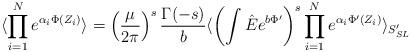
LaTeX: \begin{align*}\langle\prod\limits_{i=1}^{N}e^{\alpha_i\Phi (Z_i)}\rangle =\left(\frac{\mu}{2\pi}\right)^s\frac{\Gamma (-s)}{b}\langle\left (\int\hat E e^{b\Phi '}\right )^s\prod\limits_{i=1}^{N}e^{\alpha_i\Phi ' (Z_i)}\rangle_{S_{SL} '}\end{align*}